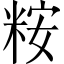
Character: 𫃀